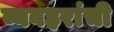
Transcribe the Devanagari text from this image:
व्यवहरांची